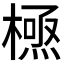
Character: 𭫸